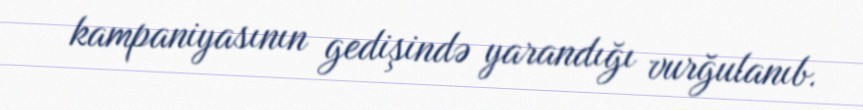
kampaniyasının gedişində yarandığı vurğulanıb.